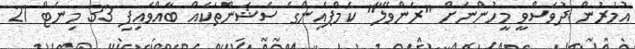
އުމުރުން ދުވަސްވީ މީހުންނަށް "ރަންވޭލާ" ކެމްޕެއިންގެ ސެޝަންތަކެއް ބާއްވައިފި 33 މިނެޓް 21